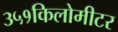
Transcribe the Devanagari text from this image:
३५१किलोमीटर